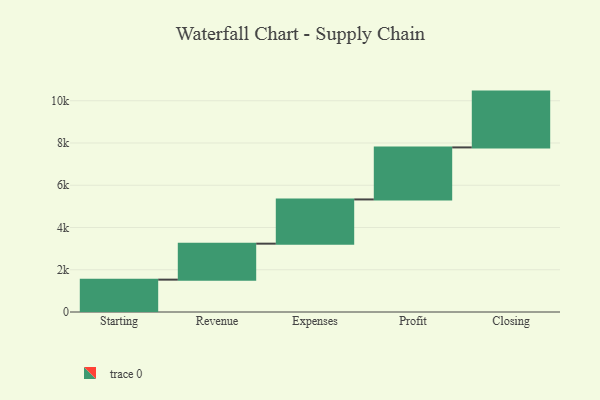
{"axis": {"x": "Step", "y": "Value"}, "legend": [""], "data": [{"x": "Starting", "y": 1532.0, "type": ""}, {"x": "Revenue", "y": 1703.0, "type": ""}, {"x": "Expenses", "y": 2093.0, "type": ""}, {"x": "Profit", "y": 2463.0, "type": ""}, {"x": "Closing", "y": 2642.0, "type": ""}]}